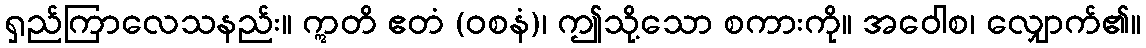
ရှည်ကြာလေသနည်း။ ဣတိ ဧတံ (ဝစနံ)၊ ဤသို့သော စကားကို။ အဝေါစ၊ လျှောက်၏။